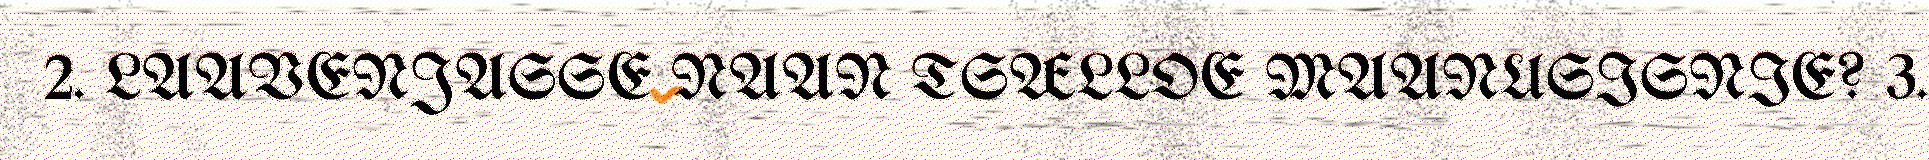
2. LAAVENJASSE NAAN TSÆLLOE MAANUSISNIE? 3.